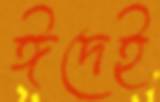
ঈদেই